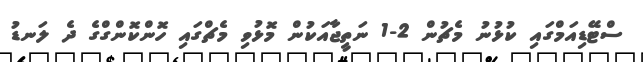
ސްޓޭޑިއަމްގައި ކުޅުނު މެޗުން 2-1 ނަތީޖާއަކުން މޮޅުވި މެޗްގައި ހޮންކޮންގްގެ ދެ ލަނޑު